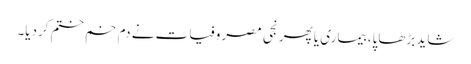
شاید بڑھاپا، بیماری یا پھر نجی مصروفیات نے دم خم ختم کردیا۔